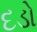
દડો